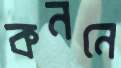
কননে